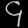
Digit: ၄